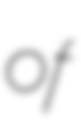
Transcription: of